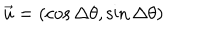
LaTeX: \vec { u } = ( \cos \Delta \theta , \sin \Delta \theta )